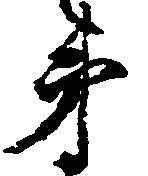
弟